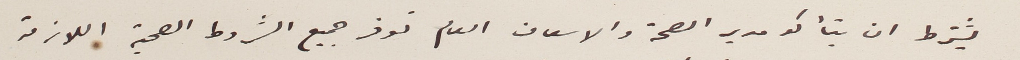
يشترك ان يتأكد مدير الصحة والاسعاف العام توفر جميع الشروط الصحية اللازمة